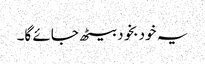
یہ خود بخود بیٹھ جائے گا۔